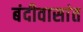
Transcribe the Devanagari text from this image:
बंदीवासांत